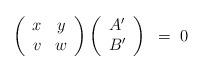
LaTeX: \begin{align*}\left( \begin{array}{cc}x & y \\v & w \end{array}\right) \left( \begin{array}{c}A^\prime \\ B^\prime \end{array}\right) ~=~ 0\end{align*}